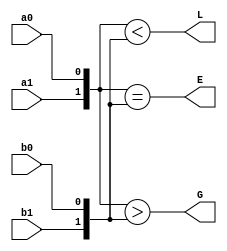
module comparator(input a0,a1,b0,b1,output E,L,G);
  assign E = ({a1,a0} == {b1,b0}); //A==B;
  assign L = ({a1,a0} < {b1,b0});  //A<B
  assign G = ({a1,a0} > {b1,b0});
endmodule